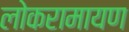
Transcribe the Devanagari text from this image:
लोकरामायण